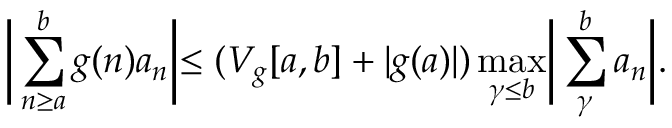
\biggr | \sum _ { n \geq a } ^ { b } g ( n ) a _ { n } \biggl | \leq ( V _ { g } [ a , b ] + | g ( a ) | ) \operatorname* { m a x } _ { \gamma \leq b } \biggr | \sum _ { \gamma } ^ { b } a _ { n } \biggl | .